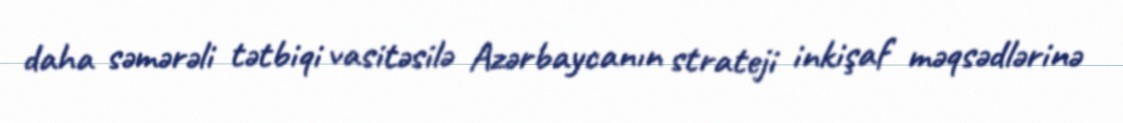
daha səmərəli tətbiqi vasitəsilə Azərbaycanın strateji inkişaf məqsədlərinə